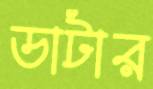
ডাটার